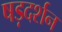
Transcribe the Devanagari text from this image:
षड़दर्शन